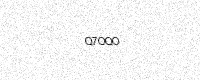
Text: Q7OQO